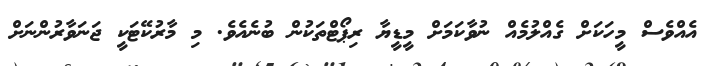
އެއްވެސް މީހަކަށް ގެއްލުމެއް ނުވާކަމަށް މީޑީޔާ ރިޕޯޓްތަކުން ބުނެއެވެ. މި މާރުކޭޓަކީ ޖަނަވާރުންނަށް